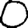
Digit: 0